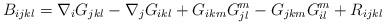
LaTeX: \begin{align*}B_{ijkl} = \nabla_i G_{jkl} - \nabla_j G_{ikl} + G_{ikm} G^m_{jl}-G_{jkm} G^m_{il} + R_{ijkl}\end{align*}